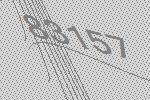
83157